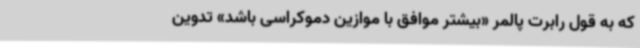
که به قول رابرت پالمر «بیشتر موافق با موازین دموکراسی باشد» تدوین